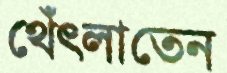
থেঁৎলাতেন